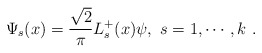
\begin{align*}\Psi_s(x) =\frac{\sqrt{2}}{\pi} L^+_s(x) \psi, ~s=1,\cdots,k~.\end{align*}